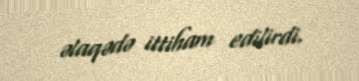
əlaqədə ittiham edilirdi.